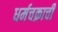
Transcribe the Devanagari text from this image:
धर्मचक्राची